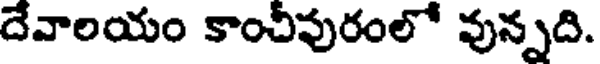
దేవాలయం కాంచిపురంలో వున్నది.